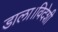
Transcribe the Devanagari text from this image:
डाला।विदेशी